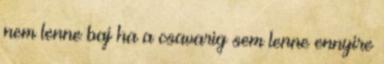
nem lenne baj ha a csavarig sem lenne ennyire